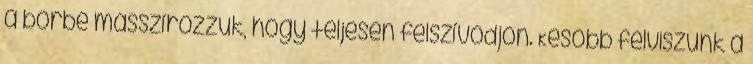
a bőrbe masszírozzuk, hogy teljesen felszívódjon. Később felviszünk a